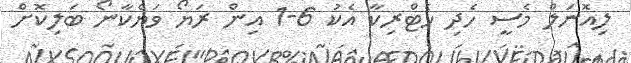
ލިއޮނަލް މެސީ ހެދި ހެޓްރިކާ އެކު 6-1 އިން ރަޔޯ ވަޔެކާނޯ ބަލިކޮށް